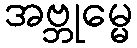
အဗ္ဘုမ္မေ